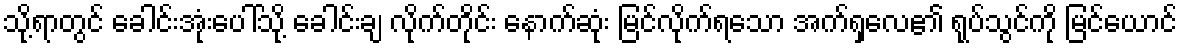
သို့ရာတွင် ခေါင်းအုံးပေါ်သို့ ခေါင်းချ လိုက်တိုင်း နောက်ဆုံး မြင်လိုက်ရသော အက်ရှလေ၏ ရုပ်သွင်ကို မြင်ယောင်